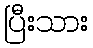
ပြီးသား